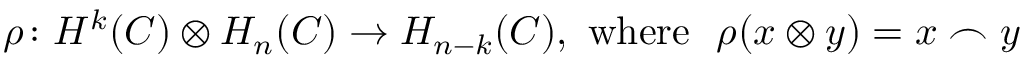
\rho \colon H ^ { k } ( C ) \otimes H _ { n } ( C ) \to H _ { n - k } ( C ) , \ { \mathrm { w h e r e } } \ \ \rho ( x \otimes y ) = x \frown y